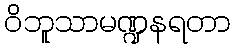
ဝိဘူသာမဏ္ဍနရတာ